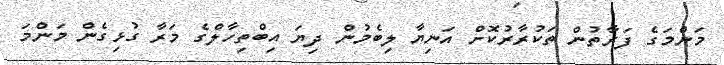
މަންމަގެ ފަރާތުން ތަކުރާރުކޮށް އަނިޔާ ލިބެމުން ދިޔަ އިބްތިހާލްގެ މަރާ ގުޅިގެން މަންމަ